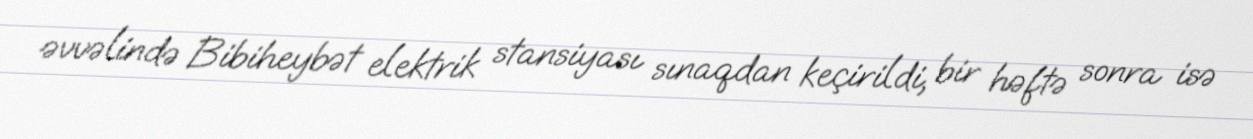
əvvəlində Bibiheybət elektrik stansiyası sınaqdan keçirildi, bir həftə sonra isə